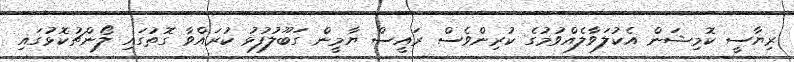
ރިޔާސީ ކޮމިޝަން އެކުލަވާލެއްވުމުގެ ކުރިންވެސް ރައީސް ޔާމީން ގަބޫލުފުޅު ކުރައްވާ ގޮތުގައި ލޯންޗުކޮޅުގައި